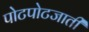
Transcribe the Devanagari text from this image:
पोटपोटजाती